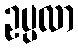
ဥပ္ပလာ